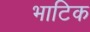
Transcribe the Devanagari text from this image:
भाटिक